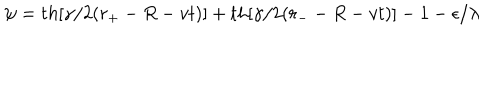
LaTeX: \psi = t h [ \gamma / 2 ( r _ { + } - R - v t ) ] + t h [ \gamma / 2 ( r _ { - } - R - v t ) ] - 1 - \epsilon / \lambda